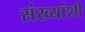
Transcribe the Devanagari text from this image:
संख्यांशी